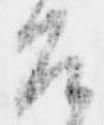
召